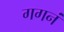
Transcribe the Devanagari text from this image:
गगनं